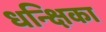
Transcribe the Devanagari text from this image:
धन्क्षिका